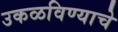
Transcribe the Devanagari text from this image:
उकळविण्याचे